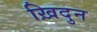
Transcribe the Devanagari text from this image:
ख़िदुन